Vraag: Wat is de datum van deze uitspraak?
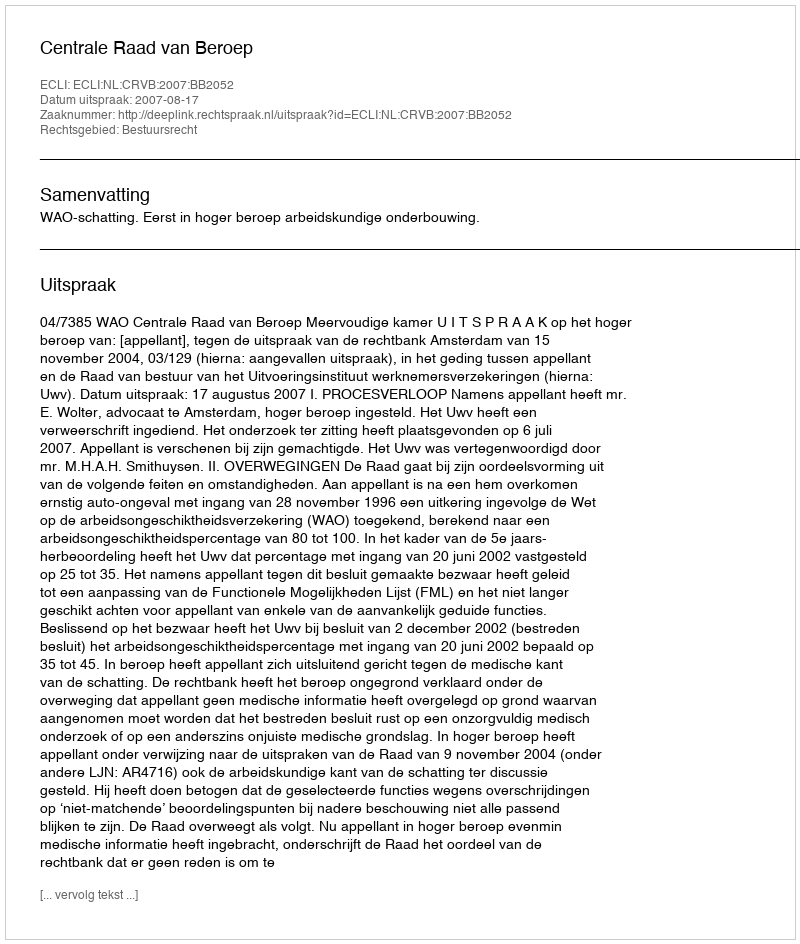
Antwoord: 2007-08-17